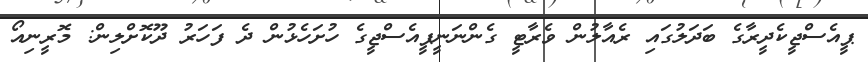
ޕީއެސްޖީކެދީރާގެ ބަދަލުގައި ރެއާލުން ވެރާޓީ ގެންނަނީޕީއެސްޖީގެ ހުށަހެޅުން ދެ ފަހަރު ދޫކޮށްލިން: މޮރީނިއޯ